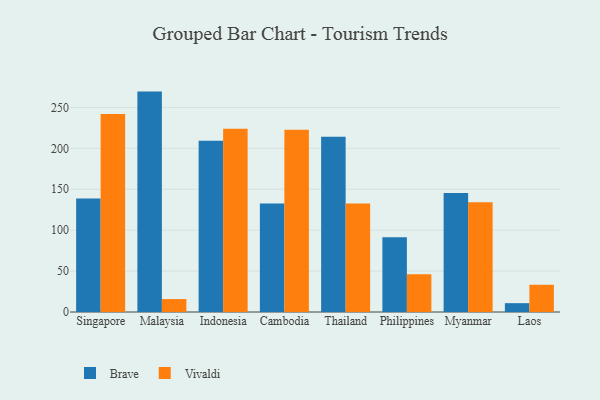
{"axis": {"x": "Country", "y": "Inventory Turnover"}, "legend": ["Brave", "Vivaldi"], "data": [{"x": "Singapore", "y": 138.6, "type": "Brave"}, {"x": "Singapore", "y": 242.1, "type": "Vivaldi"}, {"x": "Malaysia", "y": 269.4, "type": "Brave"}, {"x": "Malaysia", "y": 15.8, "type": "Vivaldi"}, {"x": "Indonesia", "y": 209.4, "type": "Brave"}, {"x": "Indonesia", "y": 224.0, "type": "Vivaldi"}, {"x": "Cambodia", "y": 132.5, "type": "Brave"}, {"x": "Cambodia", "y": 222.7, "type": "Vivaldi"}, {"x": "Thailand", "y": 214.1, "type": "Brave"}, {"x": "Thailand", "y": 132.7, "type": "Vivaldi"}, {"x": "Philippines", "y": 91.4, "type": "Brave"}, {"x": "Philippines", "y": 46.1, "type": "Vivaldi"}, {"x": "Myanmar", "y": 145.6, "type": "Brave"}, {"x": "Myanmar", "y": 134.3, "type": "Vivaldi"}, {"x": "Laos", "y": 10.8, "type": "Brave"}, {"x": "Laos", "y": 33.3, "type": "Vivaldi"}]}